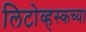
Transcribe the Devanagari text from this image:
लिटोव्हस्कच्या